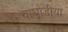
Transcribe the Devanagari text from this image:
वाघोडीया